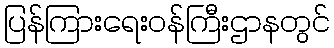
ပြန်ကြားရေးဝန်ကြီးဌာနတွင်